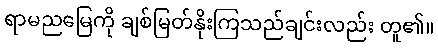
ရာမညမြေကို ချစ်မြတ်နိုးကြသည်ချင်းလည်း တူ၏။